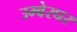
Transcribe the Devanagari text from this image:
उम्बेरघर